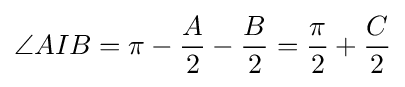
\angle AIB=\pi -{\frac {A}{2}}-{\frac {B}{2}}={\frac {\pi }{2}}+{\frac {C}{2}}